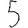
Digit: 5